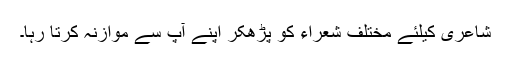
شاعری کیلئے مختلف شعراء کو پڑھکر اپنے آپ سے موازنہ کرتا رہا۔